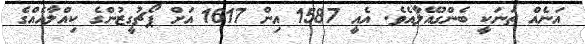
އަނެއް ތަނަކީ ބެންގުއޭލާއެވެ. އެއީ 1587 އިން 1617 އަށް ޕޯޗުގީޒުންގެ ކިއްލާއެއްގެ